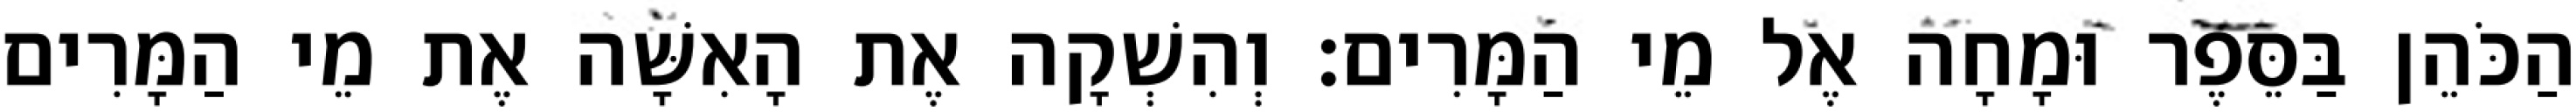
הַכֹּהֵן בַּסֵּפֶר וּמָחָה אֶל מֵי הַמָּרִים׃ וְהִשְׁקָה אֶת הָאִשָּׁה אֶת מֵי הַמָּרִים